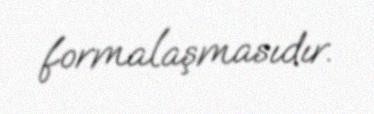
formalaşmasıdır.